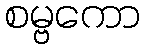
စမ္ဗကော